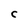
Character: C